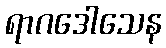
ရာဂဒေါသေန